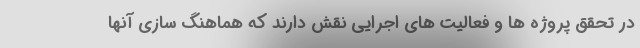
در تحقق پروژه ها و فعالیت های اجرایی نقش دارند که هماهنگ سازی آنها